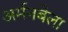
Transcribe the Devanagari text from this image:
अर्मनबेला